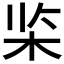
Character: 𰗘